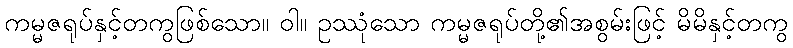
ကမ္မဇရုပ်နှင့်တကွဖြစ်သော။ ဝါ။ ဥဿုံသော ကမ္မဇရုပ်တို့၏အစွမ်းဖြင့် မိမိနှင့်တကွ